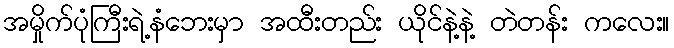
အမှိုက်ပုံကြီးရဲ့နံဘေးမှာ အထီးတည်း ယိုင်နဲ့နဲ့ တဲတန်း ကလေး။